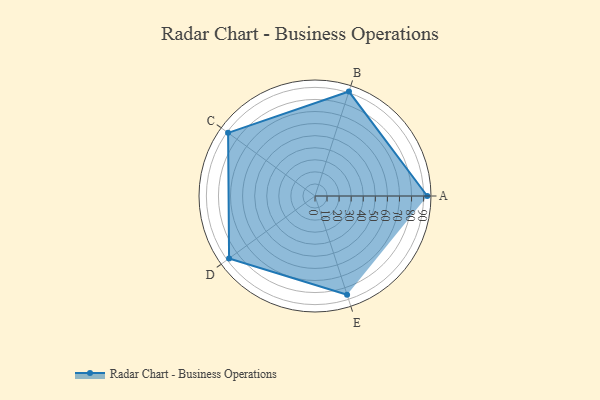
{"axis": {"x": "Skill", "y": "Score"}, "legend": ["Profile"], "data": [{"x": "A", "y": 93.0, "type": "Profile"}, {"x": "B", "y": 91.0, "type": "Profile"}, {"x": "C", "y": 89.0, "type": "Profile"}, {"x": "D", "y": 88.0, "type": "Profile"}, {"x": "E", "y": 86.0, "type": "Profile"}]}